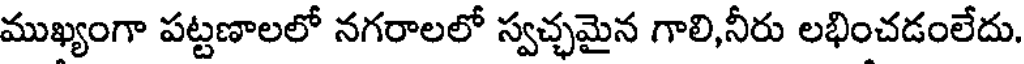
ముఖ్యంగా పట్టణాలలో నగరాలలో స్వచ్చమైన గాలి,నీరు లభించడంలేదు.